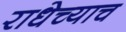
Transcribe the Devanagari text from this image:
राधेच्याच